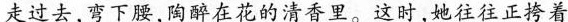
走过去，弯下腰，在花的清香里。这时，她往往正挎着